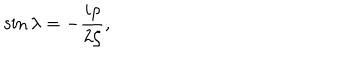
\sin \lambda = - \frac { i \rho } { 2 \zeta } ,